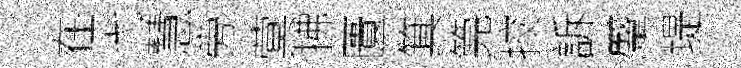
在弋慧旁蓂拂匱箕筦挍訴蹙堤